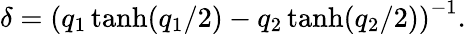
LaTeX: \delta=\left(q_{1}\operatorname{tanh}(q_{1}/2)-q_{2}\operatorname{tanh}(q_{2}/2)\right)^{-1}.